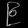
Digit: ၉